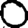
Digit: 0